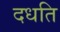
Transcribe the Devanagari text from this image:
दधति